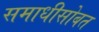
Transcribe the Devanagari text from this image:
समाधीसोबत